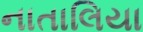
નાતાલિયા